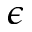
\epsilon